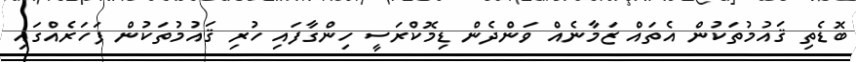
ބޮޑެތި ޤައުމުތަކުން އެތައް ޒަމާނެއް ވަންދެން ޑިމޮކްރަސީ ހިންގާފައި ހުރި ޤައުމުތަކުން ފަހަރެއްގައި